Report of the Lahore Medical School Hospital
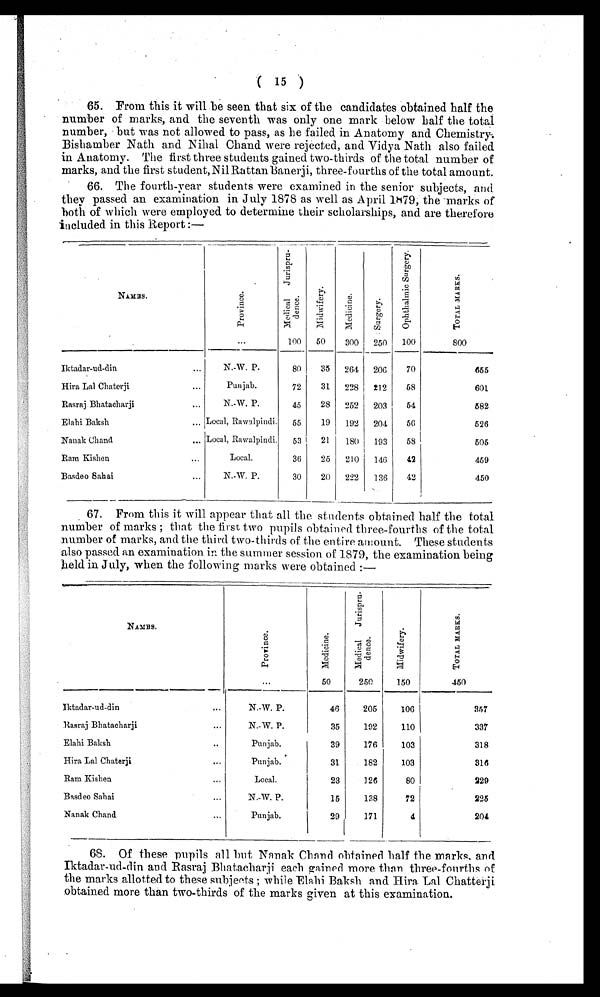
( 15 )
65. From this it will be seen that six of the candidates obtained half the
number of marks, and the seventh was only one mark below half the total
number, but was not allowed to pass, as he failed in Anatomy and Chemistry.
Bishamber Nath and Nihal Chand were rejected, and Vidya Nath also failed
in Anatomy. The first three students gained two-thirds of the total number of
marks, and the first student, Nil Rattan Banerji, three-fourths of the total amount.
66. The fourth-year students were examined in the senior subjects, and
they passed an examination in July 1878 as well as April 1879, the marks of
both of which were employed to determine their scholarships, and are therefore
included in this Report:—
NAMES.
P r o v i n c e .
...
M e d i c a l J u r i s p r u - d e n c e .
100
M i d w i f e r y .
5 0
M e d i c i n e .
300
S u r g e r y .
250
O p h t h a l m i c S u r g e r y .
100
T O T A L M A R K S .
800
Iktadar-ud-din ...
N.-W. P.
80
35
264 206
70
655
Hira Lal Chaterji
...
Punjab.
72
31
228
212
58
601
Rasraj Bhatacharji
...
N.-W. P.
45
28 252
203
54
582
Elahi Baksh
... Local, Rawalpindi.
5 5
19
192 204
56
526
Nanak Chand ...
Local, Rawalpindi. 53
21
180
193
58
505
Ram Kishen ...
Local.
36
25
210
146
42
459
Basdeo Sahai
...
N.-W. P.
30
20 222
136
42
450
67. From this it will appear that all the students obtained half the total
number of marks ; that the first two pupils obtained three-fourths of the total
number of marks, and the third two-thirds of the entire amount. These students
also passed an examination in the summer session of 1879, the examination being
held in July, when the following marks were obtained :—
NAMES.
P r o v i n c e .
...
M e d i c i n e .
50
M e d i c a l J u r i s p r u - d e n c e .
250
M i d w i f e r y .
150
T O T A L M A R K S .
450
Iktadar-ud-din
. . .
N.-W. P.
46
205
106
357
Rasraj Bhatacharji
...
N.-W. P.
35
192
110
337
Elahi Baksh
...
Punjab.
39
176
103
318
Hira Lal Chaterji
...
Punjab.
31
182
103
316
Ram Kishen ...
Local.
23
126
80
229
Basdeo Sahai
...
N.-W. P.
15
138
72
225
Nanak Chand
...
Punjab.
29
171
4
204
68. Of these pupils all but Nanak Chand obtained half the marks, and
Iktadar-ud-din and Rasraj Bhatacharji each gained more than three-fourths of
the marks allotted to these subjects ; while Elahi Baksh and Hira Lal Chatterji
obtained more than two-thirds of the marks given at this examination.